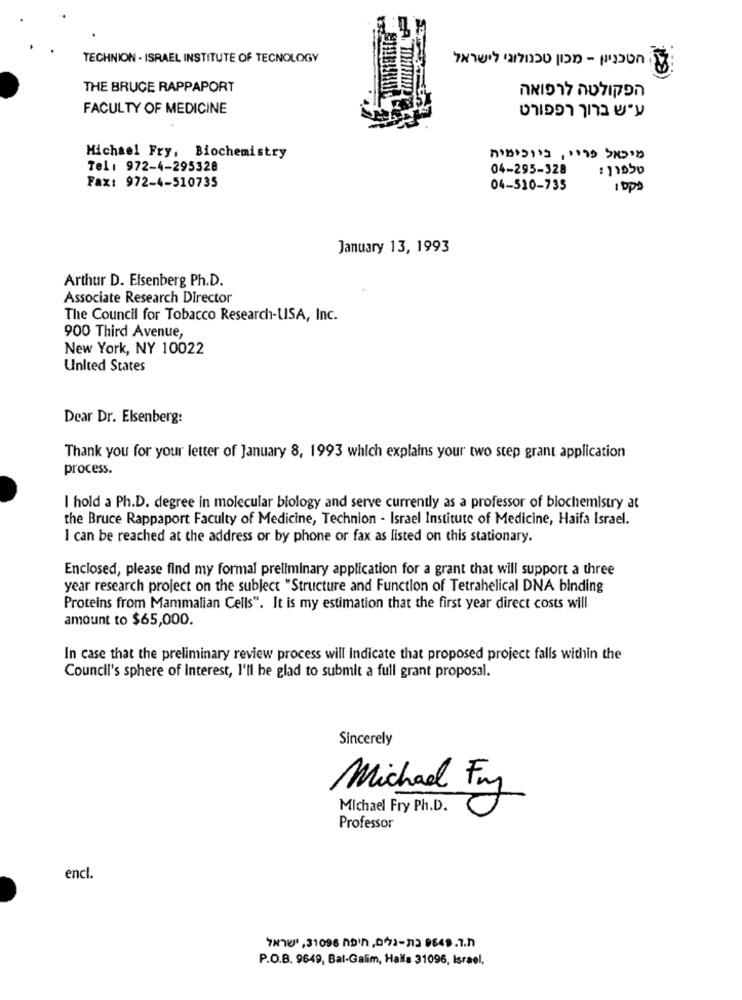
TECHNION - ISRAEL INSTITUTE OF TECNOLOGY
UGLILOU ALGINU
THE BRUCE RAPPAPORT
A.M CLIL LGGILA
FACULTY OF MEDICINE
Michael Fry, Biochemistry
Tel: 972-4-295328
04-295-328
: 11950
Fax: 972-4-510735
04-510-735
January 13, 1993
Arthur D. Eisenberg Ph.D.
Associate Research Director
The Council for Tobacco Research-USA, Inc.
900 Third Avenue,
New York, NY 10022
United States
Dear Dr. Elsenberg:
Thank you for your letter of January 8, 1993 which explains your two step grant application
process.
I hold a Ph.D. degree in molecular biology and serve currently as a professor of biochemistry at
the Bruce Rappaport Faculty of Medicine, Technion - Israel Institute of Medicine, Haifa Israel.
I can be reached at the address or by phone or fax as listed on this stationary.
Enclosed, please find my formal preliminary application for a grant that will support a three
year research project on the subject "Structure and Function of Tetrahelical DNA binding
Proteins from Mammalian Cells". It is my estimation that the first year direct costs will
amount to $65,000.
In case that the preliminary review process will Indicate that proposed project falls within the
Council's sphere of interest, I'll be glad to submit a full grant proposal.
Sincerely
Michael Fry
Michael Fry Ph.D.
Professor
encl.
7H76' , 31096 hD'h ,072-712 9649.7.7
P.O.B. 9649, Bal-Galim, Halla 31096, Israel,